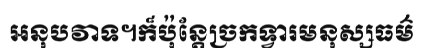
អនុបវាទ។ក៏ប៉ុន្តែច្រកទ្វារមនុស្សធម៌